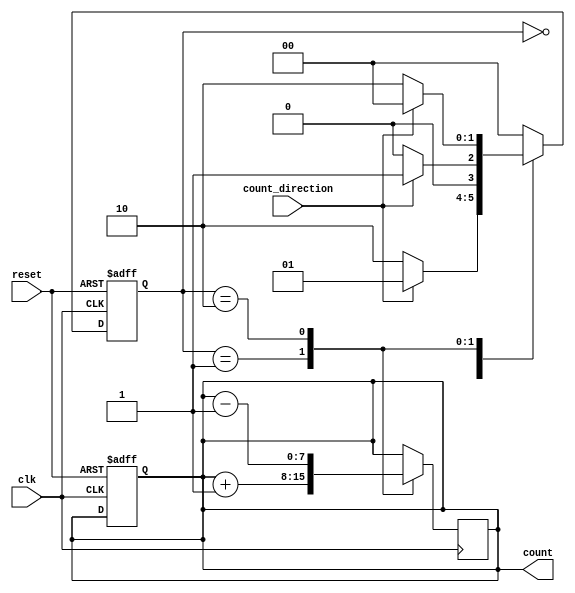
module Counter (
    input clk,
    input reset,
    input count_direction,
    output reg [7:0] count
);

// State definitions
parameter IDLE = 2'b00;
parameter COUNT_UP = 2'b01;
parameter COUNT_DOWN = 2'b10;

// State register
reg [1:0] state;
reg [1:0] next_state;

always @ (posedge clk or posedge reset) begin
    if (reset) begin
        state <= IDLE;
        count <= 8'd0;
    end else begin
        state <= next_state;
    end
end

// Next state logic
always @* begin
    case (state)
        IDLE: begin
            if (count_direction) begin
                next_state = COUNT_UP;
            end else begin
                next_state = COUNT_DOWN;
            end
        end
        COUNT_UP: begin
            if (count_direction == 0) begin
                next_state = IDLE;
            end else begin
                next_state = COUNT_UP;
            end
        end
        COUNT_DOWN: begin
            if (count_direction == 1) begin
                next_state = IDLE;
            end else begin
                next_state = COUNT_DOWN;
            end
        end
        default: begin
            next_state = IDLE;
        end
    endcase
end

// Count increment/decrement logic
always @ (posedge clk) begin
    case (state)
        IDLE: begin
            // Do nothing
        end
        COUNT_UP: begin
            count <= count + 1;
        end
        COUNT_DOWN: begin
            count <= count - 1;
        end
        default: begin
            // Do nothing
        end
    endcase
end

endmodule